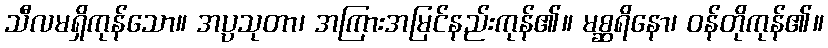
သီလမရှိကုန်သော။ အပ္ပသုတာ၊ အကြားအမြင်နည်းကုန်၏။ မစ္ဆရိနော၊ ဝန်တိုကုန်၏။